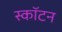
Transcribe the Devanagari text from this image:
स्कॉटन